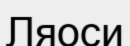
Ляоси